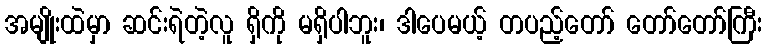
အမျိုးထဲမှာ ဆင်းရဲတဲ့လူ ရှိကို မရှိပါဘူး၊ ဒါပေမယ့် တပည့်တော် တော်တော်ကြီး